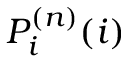
P _ { i } ^ { ( n ) } ( i )